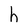
Character: h